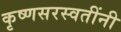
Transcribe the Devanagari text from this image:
कृष्णसरस्वतींनी